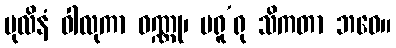
ပုလိနံ ဝါလုကာ ဝဏ္ဏု၊ မရူ’ရု သိကတာ ဘဝေ။